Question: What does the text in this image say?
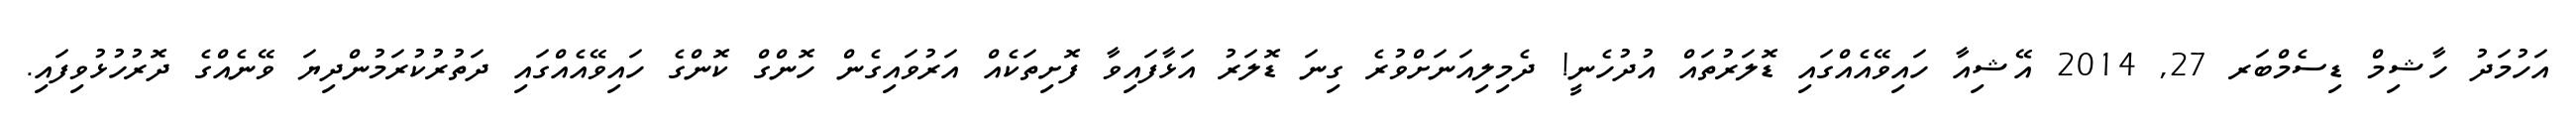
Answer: އަހުމަދު ހާޝިމް ޑިސެމްބަރ 27, 2014 އޭޝިއާ ހައިވޭއެއްގައި ޑޮލަރުތައް އުދުހެނީ! ދެމިލިއަނަށްވުރެ ގިނަ ޑޮލަރު އަޅާފައިވާ ފޮށިތަކެއް އަރުވައިގެން ހޮންގް ކޮންގެ ހައިވޭއެއްގައި ދަތުރުކުރަމުންދިޔަ ވޭނެއްގެ ދޮރުހުޅުވިފައި.